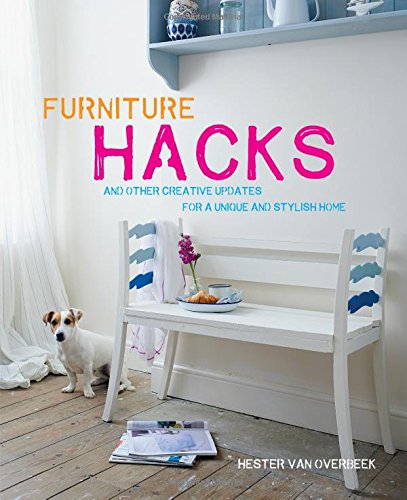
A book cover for Furniture Hacks: and other creative updates for a unique and stylish home; Hester Van Overbeek; Crafts, Hobbies & Home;